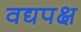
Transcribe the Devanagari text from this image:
वद्यपक्ष